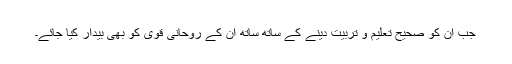
جب ان کو صحیح تعلیم و تربیت دینے کے ساتھ ساتھ ان کے روحانی قویٰ کو بھی بیدار کیا جائے۔